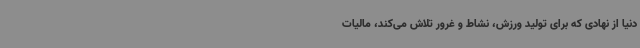
دنیا از نهادی که برای تولید ورزش، نشاط و غرور تلاش می‌کند، مالیات